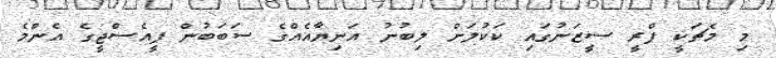
މި މެޗަކީ ޕްރީ ސީޒަނުގައި ކަކުލަށް ލިބުނު އަނިޔާއެއްގެ ސަބަބުން ޕީއެސްޖީގެ އެންމެ